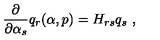
{ \frac { \partial } { \partial \alpha _ { s } } } q _ { r } ( \alpha , p ) = H _ { r s } q _ { s } \ ,